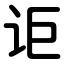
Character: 讵